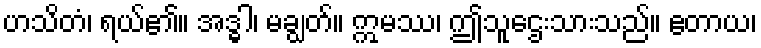
ဟသိတံ၊ ရယ်၏။ အဒ္ဓါ၊ မချွတ်။ ဣမဿ၊ ဤသူဌေးသားသည်။ ဧတာယ၊